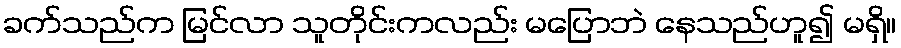
ခက်သည်က မြင်လာ သူတိုင်းကလည်း မပြောဘဲ နေသည်ဟူ၍ မရှိ။